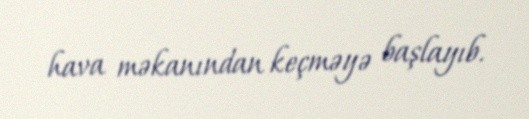
hava məkanından keçməyə başlayıb.